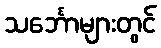
သင်္ဘောများတွင်